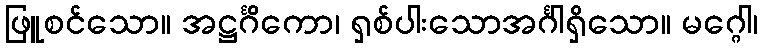
ဖြူစင်သော။ အဋ္ဌင်္ဂိကော၊ ရှစ်ပါးသောအင်္ဂါရှိသော။ မဂ္ဂေါ၊